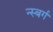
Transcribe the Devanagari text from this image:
न्स्बर्ग